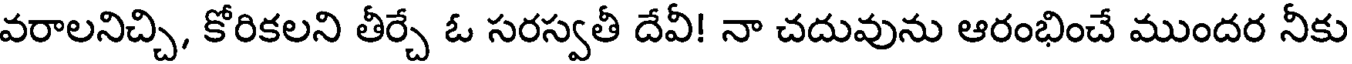
వరాలనిచ్చి, కోరికలని తీర్చే ఓ సరస్వతీ దేవీ! నా చదువును ఆరంభించే ముందర నీకు